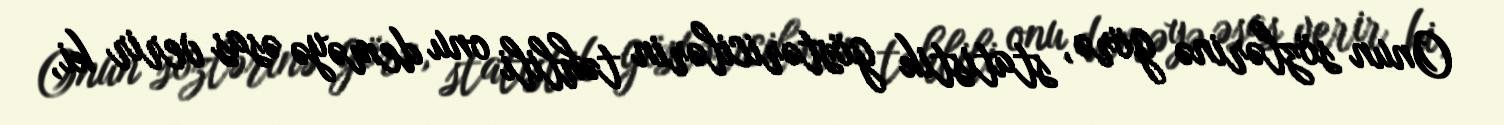
Onun sözlərinə görə, statistik göstəricilərin təhlili onu deməyə əsas verir ki,